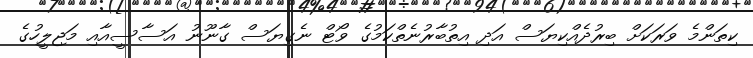
ކިތަންމެ ވަރަކަށް ބިރުދެއްކިޔަސް އަދި އިތުބާރުނެތްކަމުގެ ވޯޓް ނެގިޔަސް ގާނޫނު އަސާސީއާއި މަޖިލީހުގެ